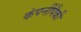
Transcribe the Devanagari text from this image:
कंपनींपैकी